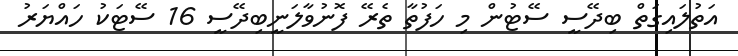
އަތުލައިގަތް ބިދޭސީ ސޭޓުން މި ހަފުތާ ތެރޭ ފޮނުވާލަނީބިދޭސީ 16 ސޭޓަކު ހައްޔަރު